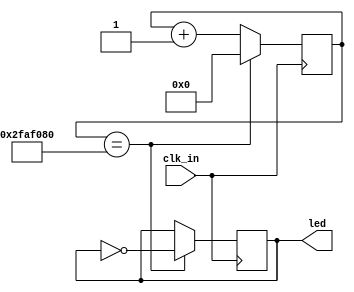
`timescale 1ns / 1ps
//////////////////////////////////////////////////////////////////////////////////
// Company: 
// Engineer: 
// 
// Design Name: 
// Module Name: slow_clock
// Project Name: 
// Target Devices: 
// Tool Versions: 
// Description: 
// 
// Dependencies: 
// 
// Revision:
// Revision 0.01 - File Created
// Additional Comments:
// 
//////////////////////////////////////////////////////////////////////////////////


module slow_clock(
    input clk_in,
    output led
     );
     reg [25:0] count;
     reg clk_out;
     
     always @ (posedge clk_in)
     begin
     count<=count+1;
     if (count==50_000_000)
        begin

        count<=0;

        clk_out = ~clk_out;

end
end    
assign led= clk_out;
endmodule